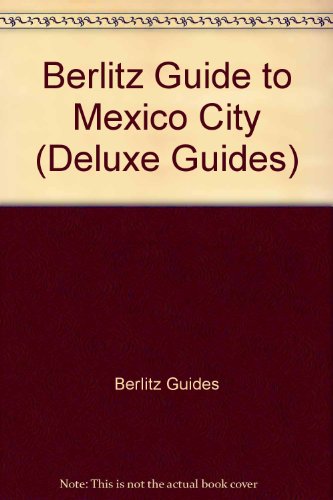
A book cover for Berlitz Mexico City 1989 1990 (Berlitz Deluxe Guide); Berlitz Guides; Travel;